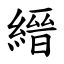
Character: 縉